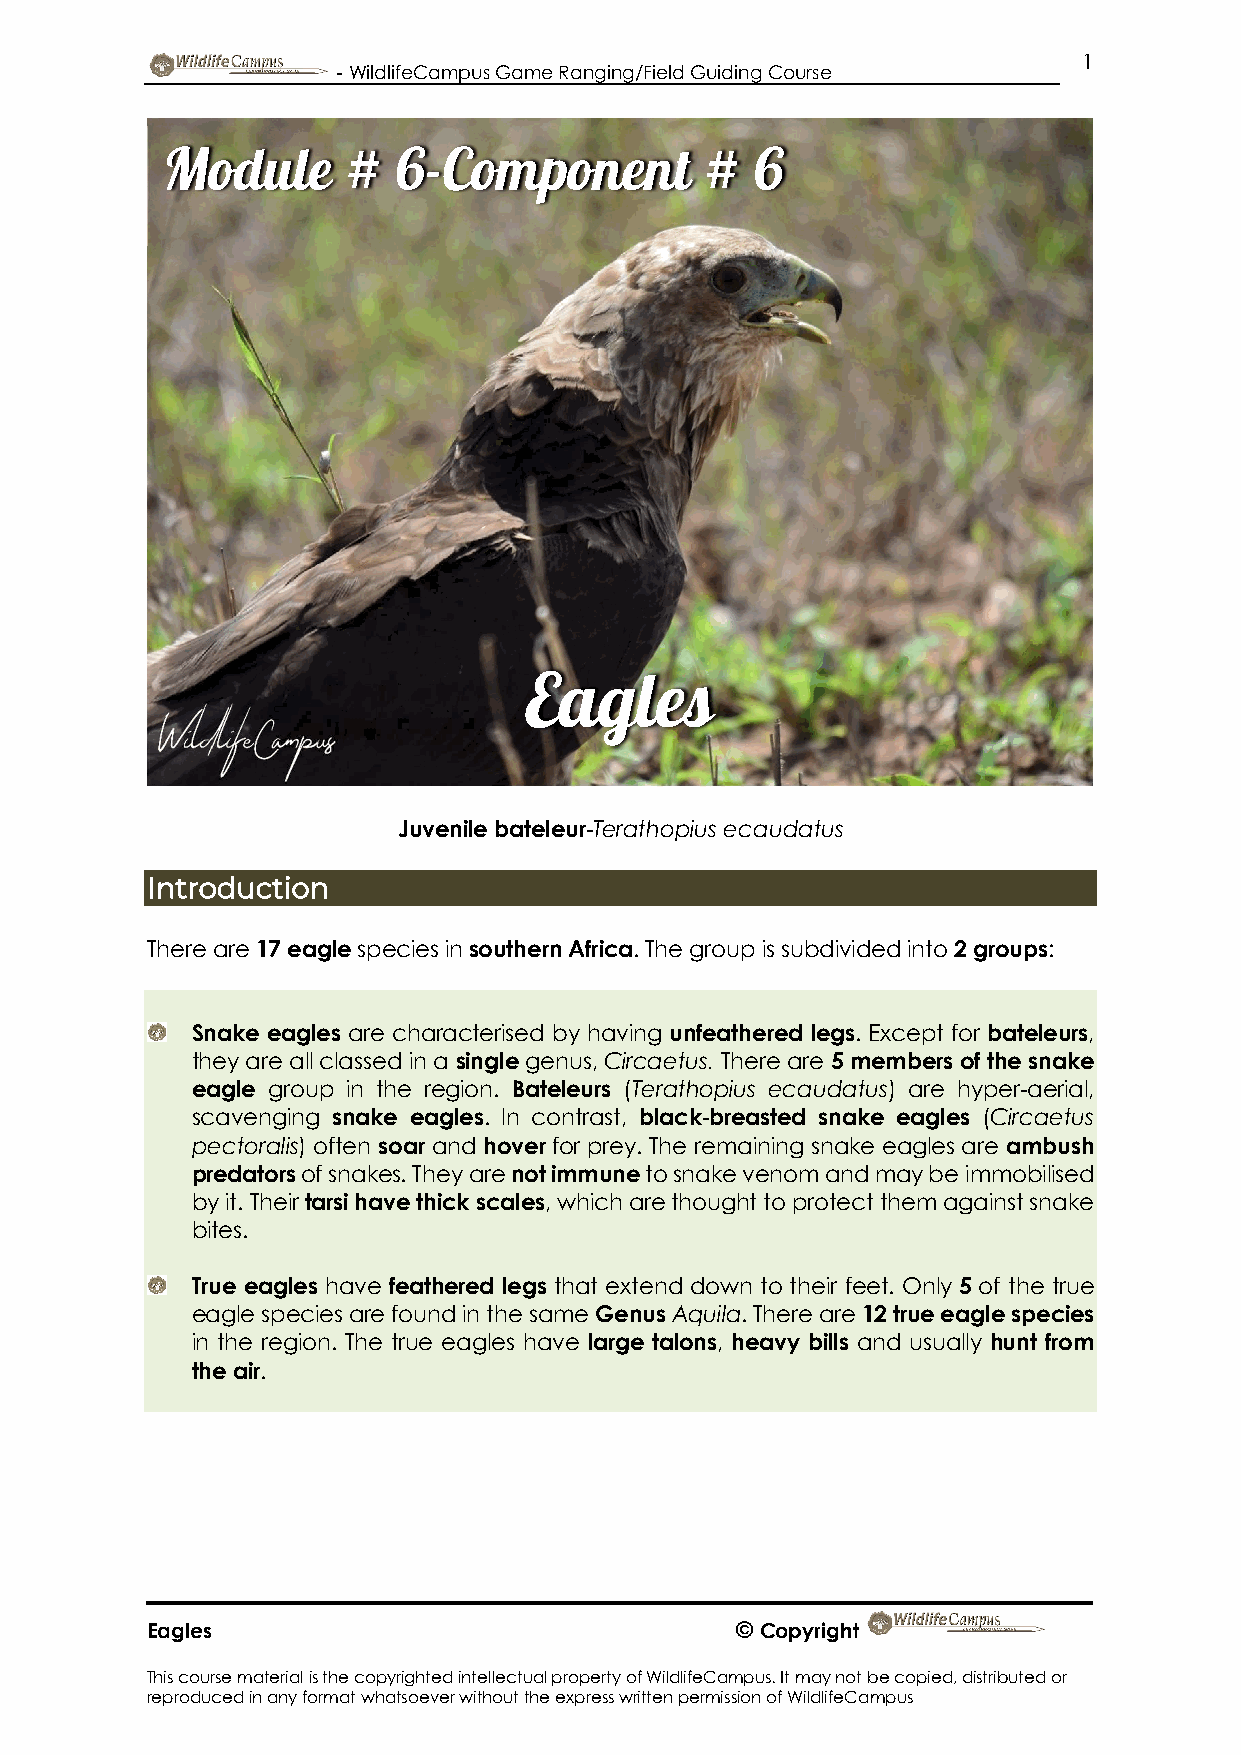
1
 - WildlifeCampus Game Ranging/Field Guiding Course
 Module      #  6-Component          #  6
 Eagles
 Juvenile bateleur-Terathopius ecaudatus
 Introduction
 There are 17 eagle species in southern Africa. The group is subdivided into 2 groups:
 Snake eagles are characterised by having unfeathered legs. Except for bateleurs,
 they are all classed in a single genus, Circaetus. There are 5 members of the snake
 eagle group in the region. Bateleurs (Terathopius ecaudatus) are hyper-aerial,
 scavenging snake eagles. In contrast, black-breasted snake eagles (Circaetus
 pectoralis) often soar and hover for prey. The remaining snake eagles are ambush
 predators of snakes. They are not immune to snake venom and may be immobilised
 by it. Their tarsi have thick scales, which are thought to protect them against snake
 bites.
 True eagles have feathered legs that extend down to their feet. Only 5 of the true
 eagle species are found in the same Genus Aquila. There are 12 true eagle species
 in the region. The true eagles have large talons, heavy bills and usually hunt from
 the air.
 Eagles                                 © Copyright
 This course material is the copyrighted intellectual property of WildlifeCampus. It may not be copied, distributed or
 reproduced in any format whatsoever without the express written permission of WildlifeCampus